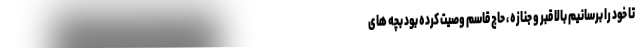
تا خود را برسانیم بالا قبر و جنازه ، حاج قاسم وصیت کرده بود بچه های